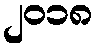
၂၀၁၈